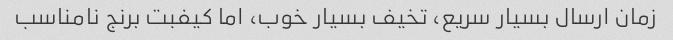
زمان ارسال بسیار سریع، تخیف بسیار خوب، اما کیفبت برنج نامناسب